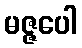
မဇ္ဇပေါ